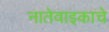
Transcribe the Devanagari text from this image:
नातेवाइकाचे